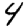
Digit: 4